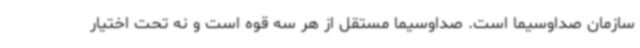
سازمان صداوسیما است. صداوسیما مستقل از هر سه قوه است و نه تحت اختیار